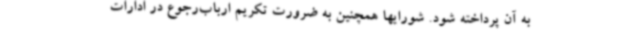
به آن پرداخته شود. شورایها همچنین به ضرورت تکریم ارباب‌رجوع در ادارات